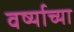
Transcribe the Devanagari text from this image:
वर्ष्याच्या